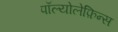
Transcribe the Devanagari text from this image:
पॉल्योलेफ़िन्स